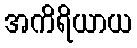
အကိရိယာယ